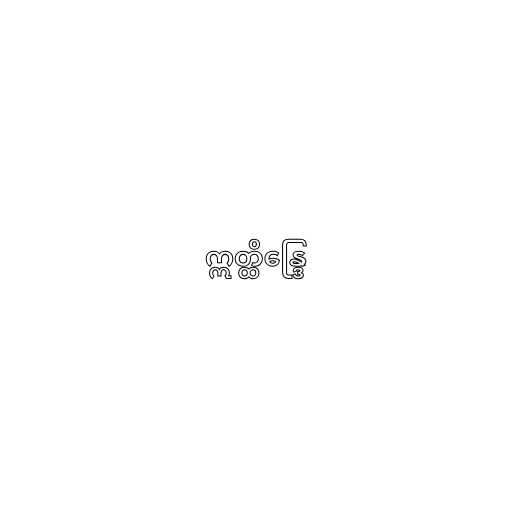
ဣတ္ထိန္ဒြေ